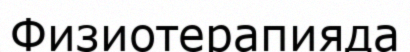
Физиотерапияда